system: You are a helpful assistant.
user:
Analyze the provided spectrum to determine if it is a **M-type Giant (gM)**.

A M-type Giant spectrum is defined by its **strong molecular absorption** features, particularly from **Titanium Oxide (TiO)**. You must check for one of the following mutually exclusive signatures:

- **Key Visual Indicators (Absorption-Dominated Spectrum):**

    - **(Primary):** The spectrum is dominated by strong molecular absorption from **Titanium Oxide (TiO)**. This is the **defining feature** of its M-type temperature class.
        - **(Key Bandheads):** Look for sharp, "saw-tooth" absorption valleys. The strongest are located near **~7050 Å**, **~6160 Å**, and **~5170 Å**.
        - **(Line Profile):** The "saw-tooth" morphology is critical: a **sharp, steep drop on the BLUE (short-wavelength) side** of the bandhead, followed by a gradual recovery (rising flux) towards the RED (long-wavelength) side.

    - **(Key Confirmation - Giant vs. Dwarf):** **ABSENCE** of strong **Calcium Hydride (CaH)** molecular bands. This is the primary diagnostic for *excluding* M-dwarfs.
        - **(Key Region):** The spectrum should lack the strong, broad absorption band seen in dwarfs between **~6800 Å and ~7000 Å**.

    - **(Secondary Confirmation - Giant):** A very strong and broad **Neutral Calcium (Ca I)** atomic absorption line.
        - **(Key Line):** Located at **~4226 Å**. In a giant (gM), this line is significantly deeper and broader than the same line in an M-dwarf (dM) due to low surface gravity.

    - **(Overall Spectrum):**
        - The continuum is **extremely red-sloping** (i.e., flux is very low in the blue and rises dramatically towards the red).
        - The entire spectrum appears "chopped up" by the deep TiO bands.

Think first, call **spectral_visualization_tool** if needed to examine features in detail, then provide your final answer. Your response must adhere to the following strict rules:
1.  **Overall Structure:** Your response must follow the format `<think>...</think> <tool_call>...</tool_call> (if a tool is used) <answer>...</answer>`.
2.  **Tool Usage Constraint:** You may only make **one** tool call per turn.
3.  **Final Answer Format:** In the `<answer>` tag, your conclusion must be inside a `\boxed{}` command (e.g., `\boxed{YES}` or `\boxed{NO}`), followed by your justification.

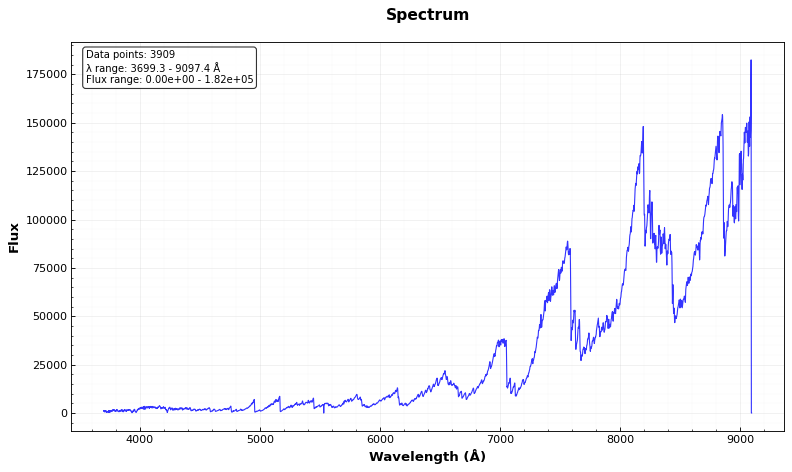
Answer: YES